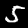
Label: 5